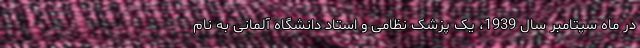
در ماه سپتامبر سال 1939، یک پزشک نظامی و استاد دانشگاه آلمانی به نام